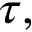
\tau ,